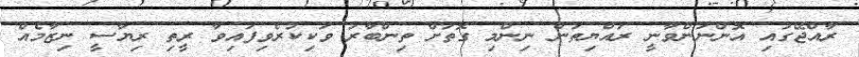
ރާއްޖޭގައި އޮންނަންވާނީ ރައްޔިތުން ނިންމި ގޮތަށް ތިންބާރު ވަކިކުރެވިފައިވާ ރީތި ރިޔާސީ ނިޒާމެއް